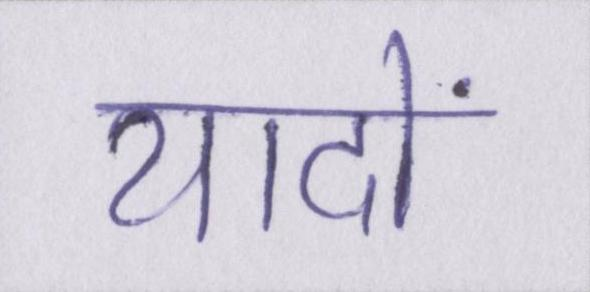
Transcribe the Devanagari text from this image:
यादों